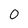
Character: 0